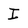
Character: I